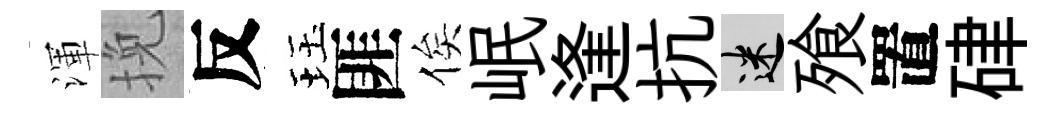
渾挽反珏匪俟岷逢抗迷飱置硉